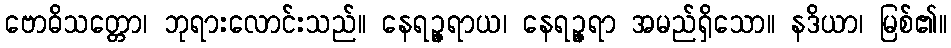
ဗောဓိသတ္တော၊ ဘုရားလောင်းသည်။ နေရဉ္ဇရာယ၊ နေရဉ္ဇရာ အမည်ရှိသော။ နဒိယာ၊ မြစ်၏။